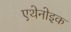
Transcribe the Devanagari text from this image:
एथेनोइक